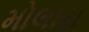
મોલારા